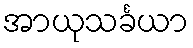
အာယုသင်္ခယာ